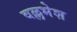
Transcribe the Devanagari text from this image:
वल्लभेश